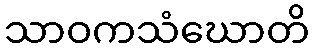
သာဝကသံဃောတိ